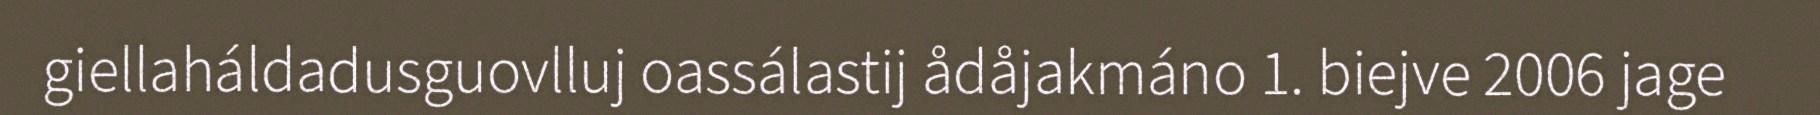
giellaháldadusguovlluj oassálastij ådåjakmáno 1. biejve 2006 jage